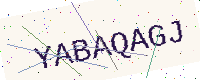
Text: YABAQAGJ